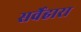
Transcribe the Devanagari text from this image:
सर्वेहारा